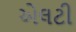
એલટી